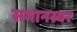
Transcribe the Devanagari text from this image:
समानस्वर